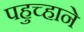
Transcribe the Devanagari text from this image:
पहुच्हाने